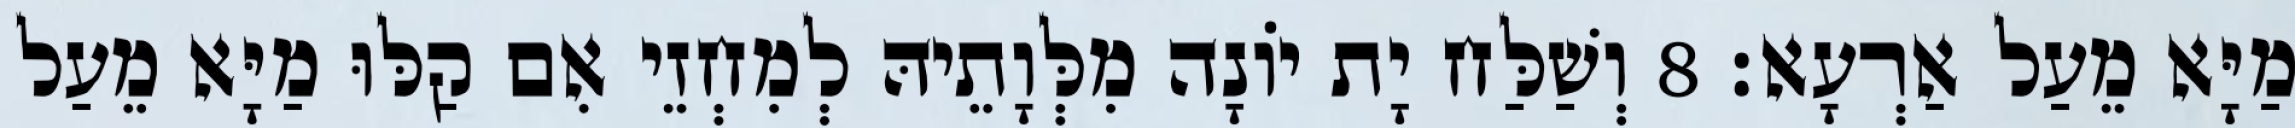
מַיָּא מֵעַל אַרְעָא׃ 8 וְשַׁלַּח יָת יוֹנָה מִלְּוָתֵיהּ לְמִחְזֵי אִם קַלּוּ מַיָּא מֵעַל